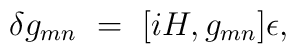
\delta g_{mn} ~=~[iH,g_{mn}]\epsilon,